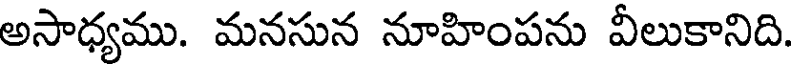
అసాధ్యము. మనసున నూహింపను వీలుకానిది.